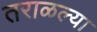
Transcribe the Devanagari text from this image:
तराळल्या